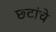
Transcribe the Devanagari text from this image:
छ्टांचे